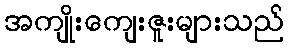
အကျိုးကျေးဇူးများသည်